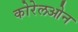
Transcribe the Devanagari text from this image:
कोरेलओन